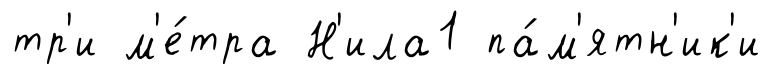
тр'и м'е́тра Н'ила1 па́м'ятн'ик'и